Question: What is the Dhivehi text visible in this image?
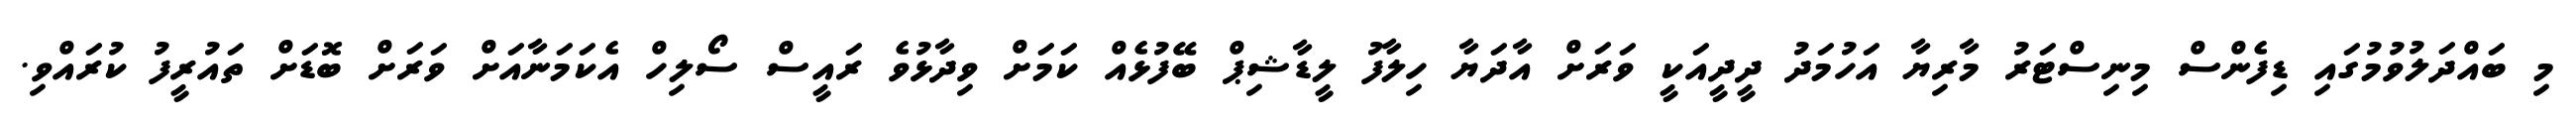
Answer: މި ބައްދަލުވުމުގައި ޑިފެންސް މިނިސްޓަރު މާރިޔާ އަހުމަދު ދީދީއަކީ ވަރަށް އާދަޔާ ހިލާފު ލީޑާޝިޕް ބޭފުޅެއް ކަމަށް ވިދާޅުވެ ރައީސް ސޯލިހް އެކަމަނާއަށް ވަރަށް ބޮޑަށް ތައުރީފު ކުރައްވި.